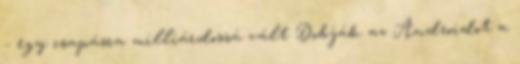
- egy csapásra milliárdossá vált Dobják az Androidot a